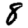
Digit: 8